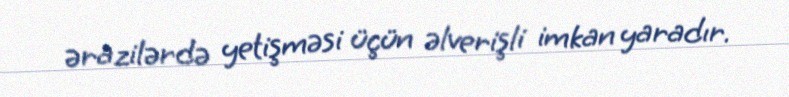
ərazilərdə yetişməsi üçün əlverişli imkan yaradır.